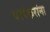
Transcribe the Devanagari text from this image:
चापेकरांना